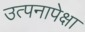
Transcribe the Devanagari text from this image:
उत्पनापेक्षा